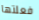
فعلتها